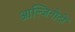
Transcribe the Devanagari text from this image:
आल्जिनोटों